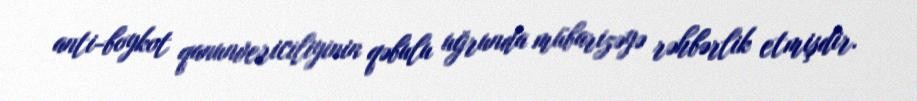
anti-boykot qanunvericiliyinin qəbulu uğrunda mübarizəyə rəhbərlik etmişdir.